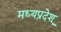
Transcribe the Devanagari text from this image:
मध्यप्रदेश्